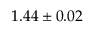
1 . 4 4 \pm 0 . 0 2